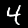
Digit: 4